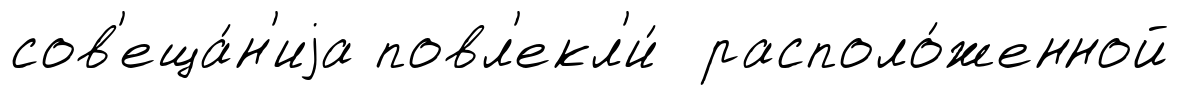
сов'еща́н'иjа повл'екл'и́ располо́женной